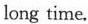
long time.